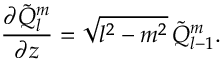
\frac { \partial \tilde { Q } _ { l } ^ { m } } { \partial z } = \sqrt { l ^ { 2 } - m ^ { 2 } } \, \tilde { Q } _ { l - 1 } ^ { m } .